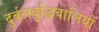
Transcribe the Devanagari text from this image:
दुर्बलबुद्धिवालियों